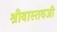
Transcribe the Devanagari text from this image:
श्रीवास्तवजी